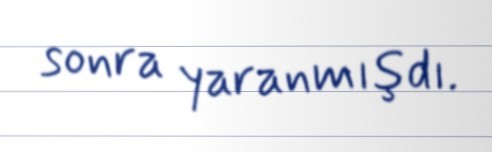
sonra yaranmışdı.